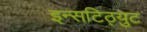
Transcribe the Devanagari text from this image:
इन्सटिठ्युट